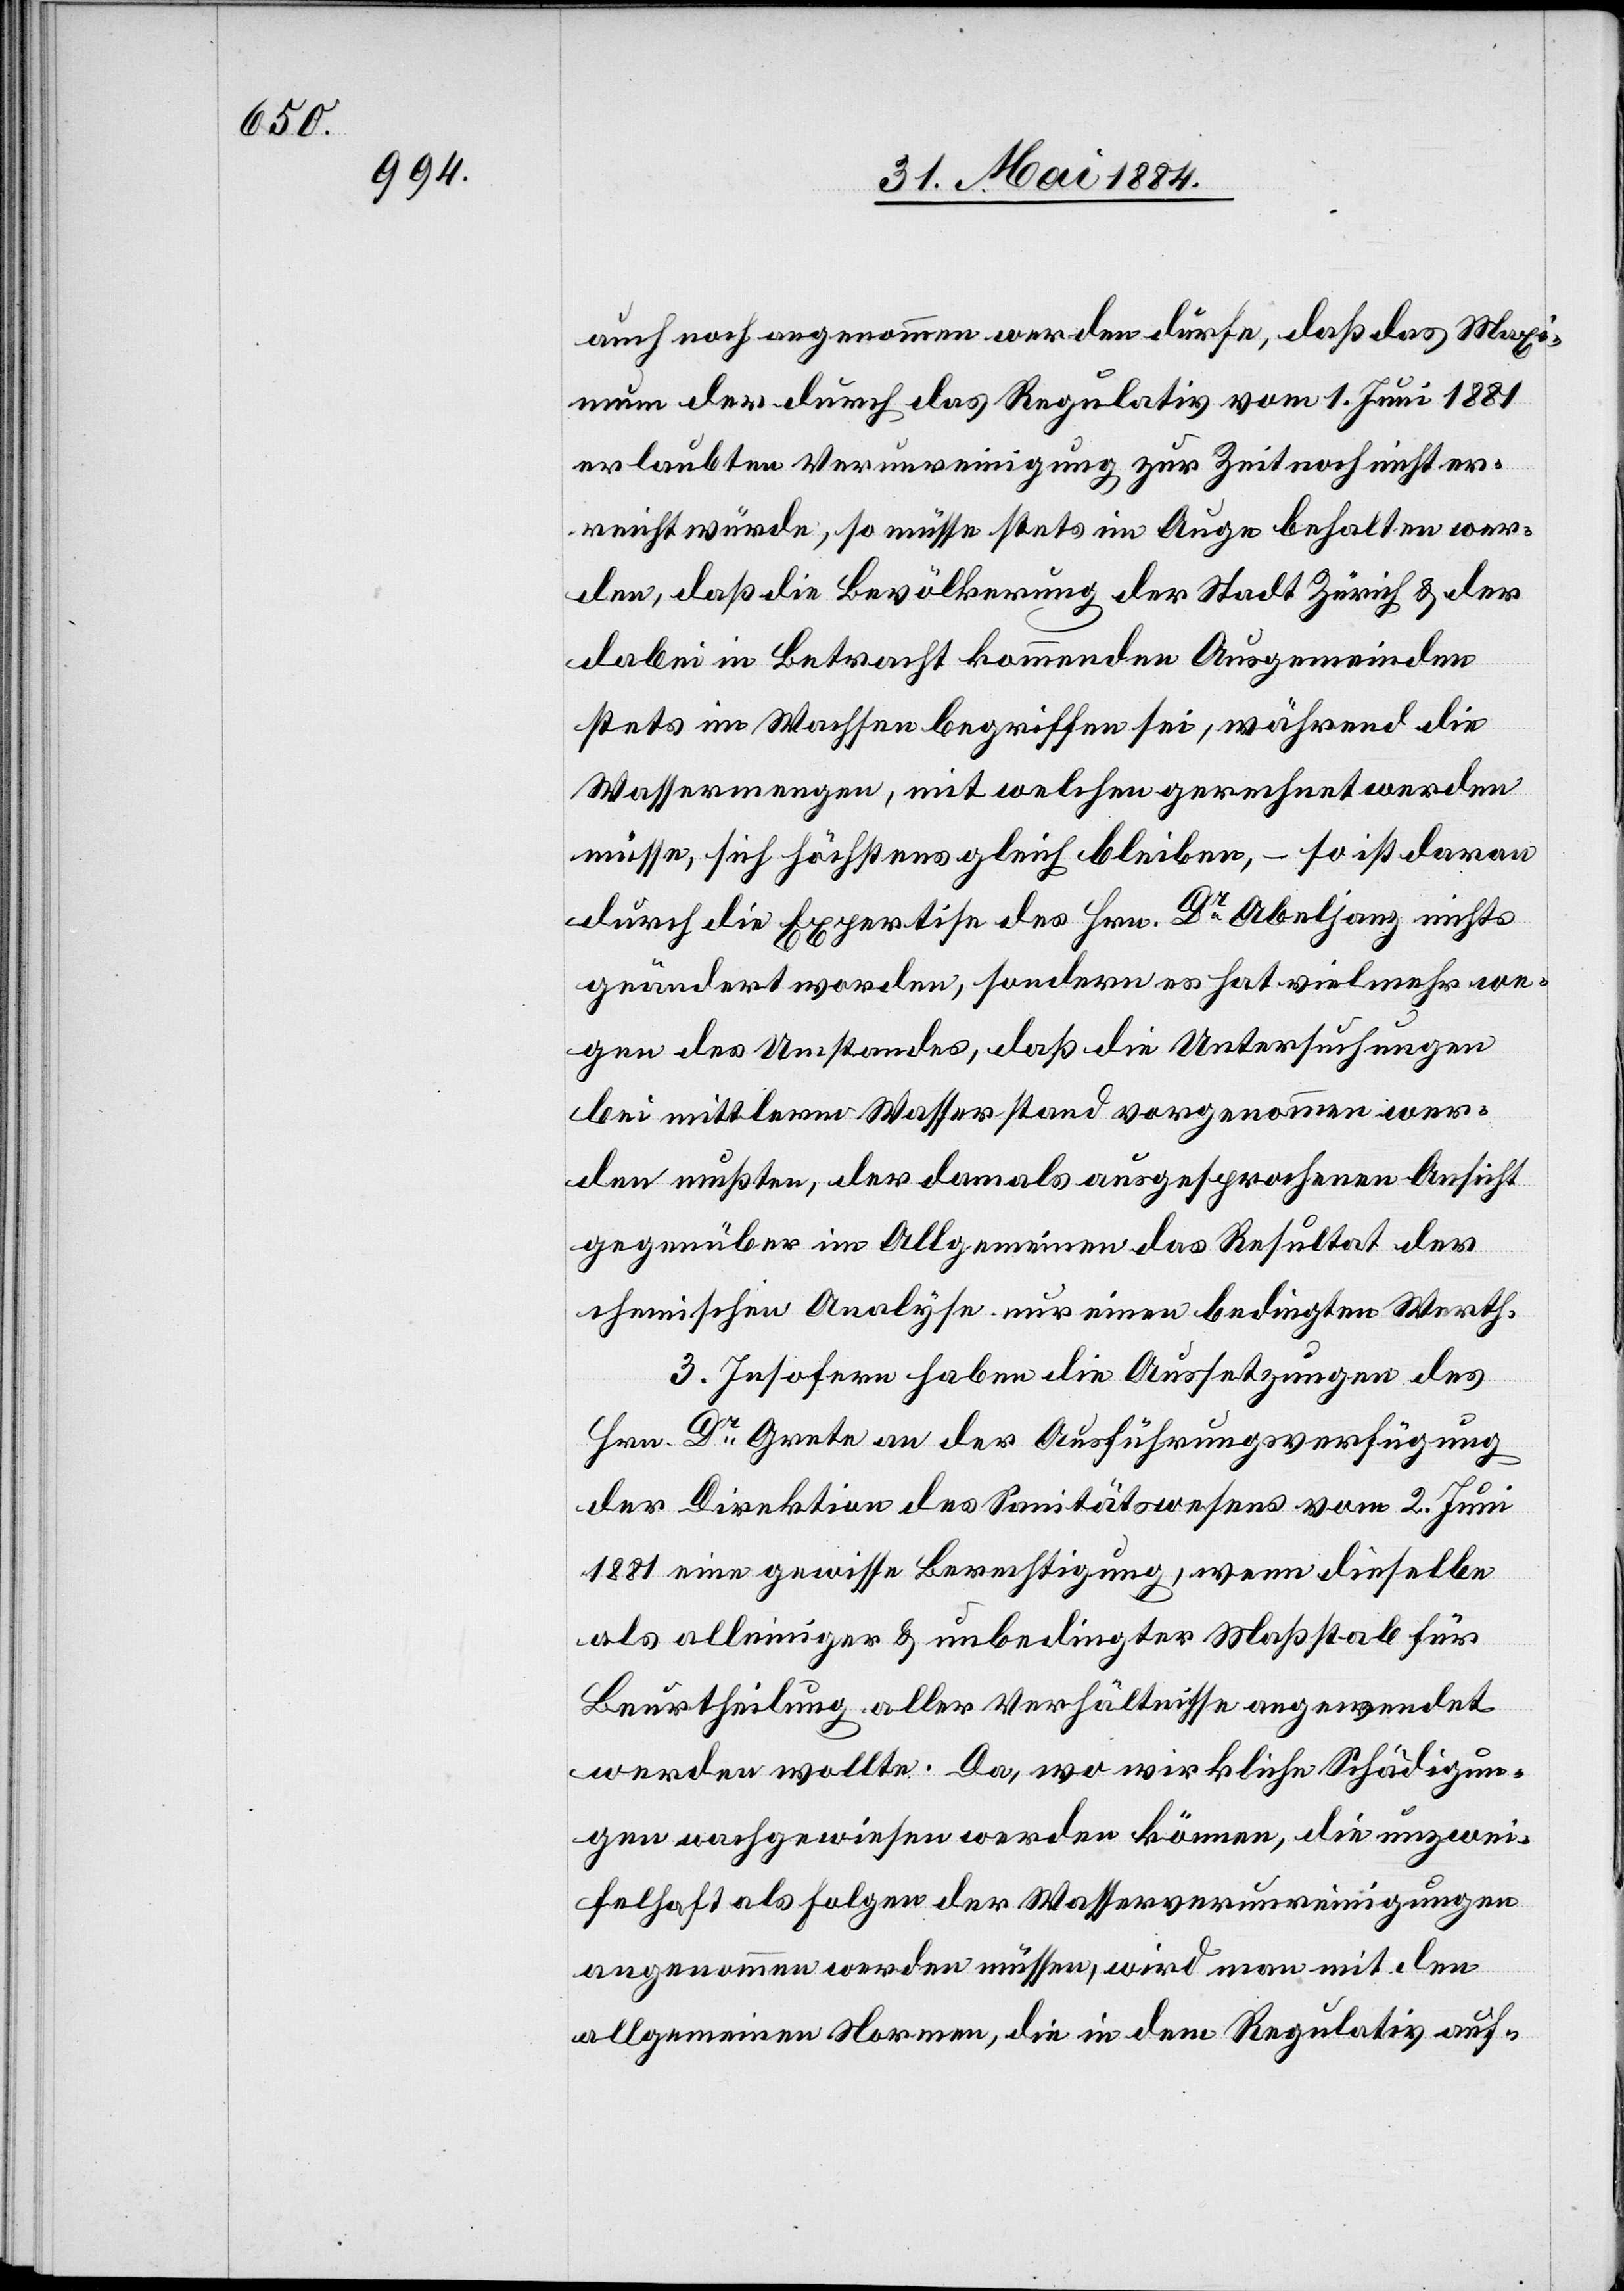
auch noch angenommen werden dürfe, daß das Max¬
imum der durch das Regulativ vom 1. Juni 1881
erlaubten Verunreinigung zur Zeit noch nicht er¬
reicht würde, so müsse stets im Auge behalten wer¬
den, daß die Bevölkerung der Stadt Zürich & der
dabei in Betracht kommenden Ausgemeinden
stets im Wachsen begriffen sei, während die
Wassermengen, mit welchen gerechnet werden
müsse, sich höchstens gleich bleiben, – so ist daran
durch die Expertise des Hrn. Dr Abeljanz nichts
geändert worden, sondern es hat vielmehr we¬
gen des Umstandes, daß die Untersuchungen
bei mittlerem Wasserstand vorgenommen wer¬
den mußten, der damals ausgesprochenen Ansicht
gegenüber im Allgemeinen das Resultat der
chemischen Analyse nur einen bedingten Werth.
3. Insofern haben die Aussetzungen des
Hrn. Dr Grete an der Ausführungsverfügung
der Direktion des Sanitätswesens vom 2. Juni
1881 eine gewisse Berechtigung, wenn dieselbe
als alleiniger & unbedingter Maßstab für
Beurtheilung aller Verhältnisse angewendet
werden wollte. Da, wo wirkliche Schädigun¬
gen nachgewiesen werden können, die unzwei¬
felhaft als Folgen der Wasserverunreinigungen
angenommen werden müssen, wird man mit den
allgemeinen Normen, die in dem Regulativ auf-